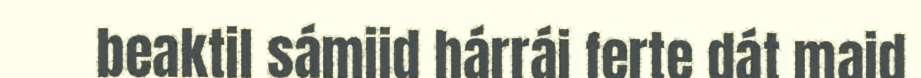
beaktil sámiid hárrái ferte dát maid